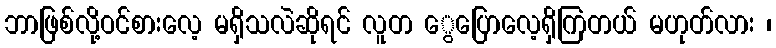
ဘာဖြစ်လို့ဝင်စားလေ့ မရှိသလဲဆိုရင် လူတ ွေပြောလေ့ရှိကြတယ် မဟုတ်လား ၊